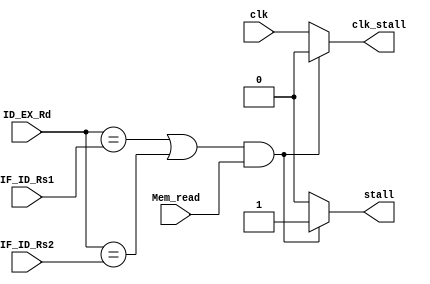
`timescale 1ns / 1ps
//////////////////////////////////////////////////////////////////////////////////
// Company: 
// Engineer: 
// 
// Design Name: 
// Module Name: STALL_UNIT
// Project Name: 
// Target Devices: 
// Tool Versions: 
// Description: 
// 
// Dependencies: 
// 
// Revision:
// Revision 0.01 - File Created
// Additional Comments:
// 
//////////////////////////////////////////////////////////////////////////////////


module STALL_UNIT(
input clk,Mem_read,
input [4:0]ID_EX_Rd,
input [4:0]IF_ID_Rs1,
input [4:0]IF_ID_Rs2,
output reg clk_stall,stall
    );
    always@( *)
    begin
    if(((ID_EX_Rd==IF_ID_Rs1)||(ID_EX_Rd==IF_ID_Rs2))&&(Mem_read==1))
    begin
    clk_stall=0;
    stall=1;
    end
    else 
    begin
    clk_stall=clk;
    stall=0;
    end
    end

    endmodule